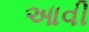
આવી